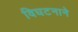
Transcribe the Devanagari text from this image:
विघटनाने